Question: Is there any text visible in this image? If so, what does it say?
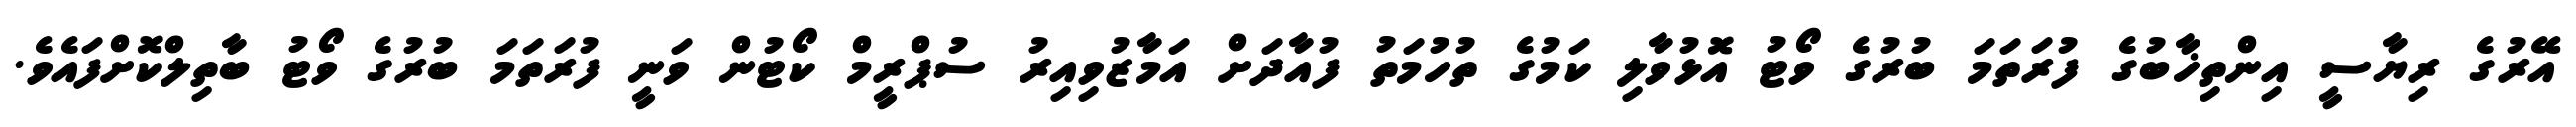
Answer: އޭރުގެ ރިޔާސީ އިންތިޚާބުގެ ފުރަތަމަ ބުރުގެ ވޯޓު އޮޅުވާލި ކަމުގެ ތުހުމަތު ފުއާދަށް އަމާޒުވިއިރު ސުޕްރީމް ކޯޓުން ވަނީ ފުރަތަމަ ބުރުގެ ވޯޓު ބާތިލްކޮށްފައެވެ.